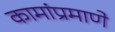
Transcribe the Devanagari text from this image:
कामांप्रमाणे